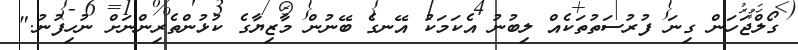
ގޯލްޖަހަން ގިނަ ފުރުސަތުތަކެއް ލިބުނު އެކަމަކު އޭނގެ ބޭނުން މާޒިޔާގެ ކުޅުންތެރިންނަށް ނުހިފުނު."